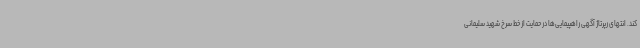
کند. انتهای رپرتاژ آگهی راهپیمایی‌ها در حمایت از خط سرخ شهید سلیمانی